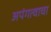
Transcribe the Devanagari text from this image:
अपंगत्वाचा